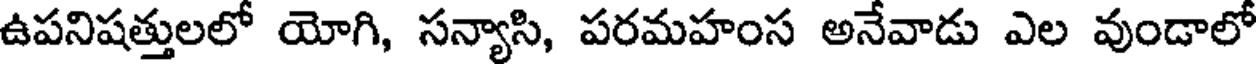
ఉపనిషత్తులలో యోగి, సన్యాసి, పరమహంస అనేవాడు ఎల వుండాలో